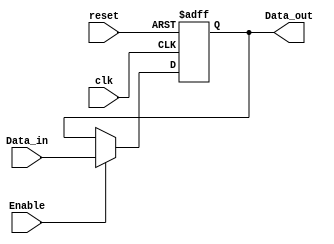
`timescale 1ns / 1ps


module 
 Register #(parameter
///////////advanced parameters//////////
	DATA_WIDTH = 32
	)(
	input clk,
	input reset, 
	input [DATA_WIDTH-1:0] Data_in,
	input Enable, 
	output reg [DATA_WIDTH-1:0] Data_out
	);

	always @(posedge clk ,posedge reset)
	begin
	if (reset)
		Data_out<= {DATA_WIDTH{1'b0}};
	else if (Enable)
		Data_out <= Data_in;
	end		
endmodule